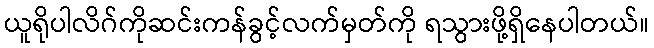
ယူရိုပါလိဂ်ကိုဆင်းကန်ခွင့်လက်မှတ်ကို ရသွားဖို့ရှိနေပါတယ်။